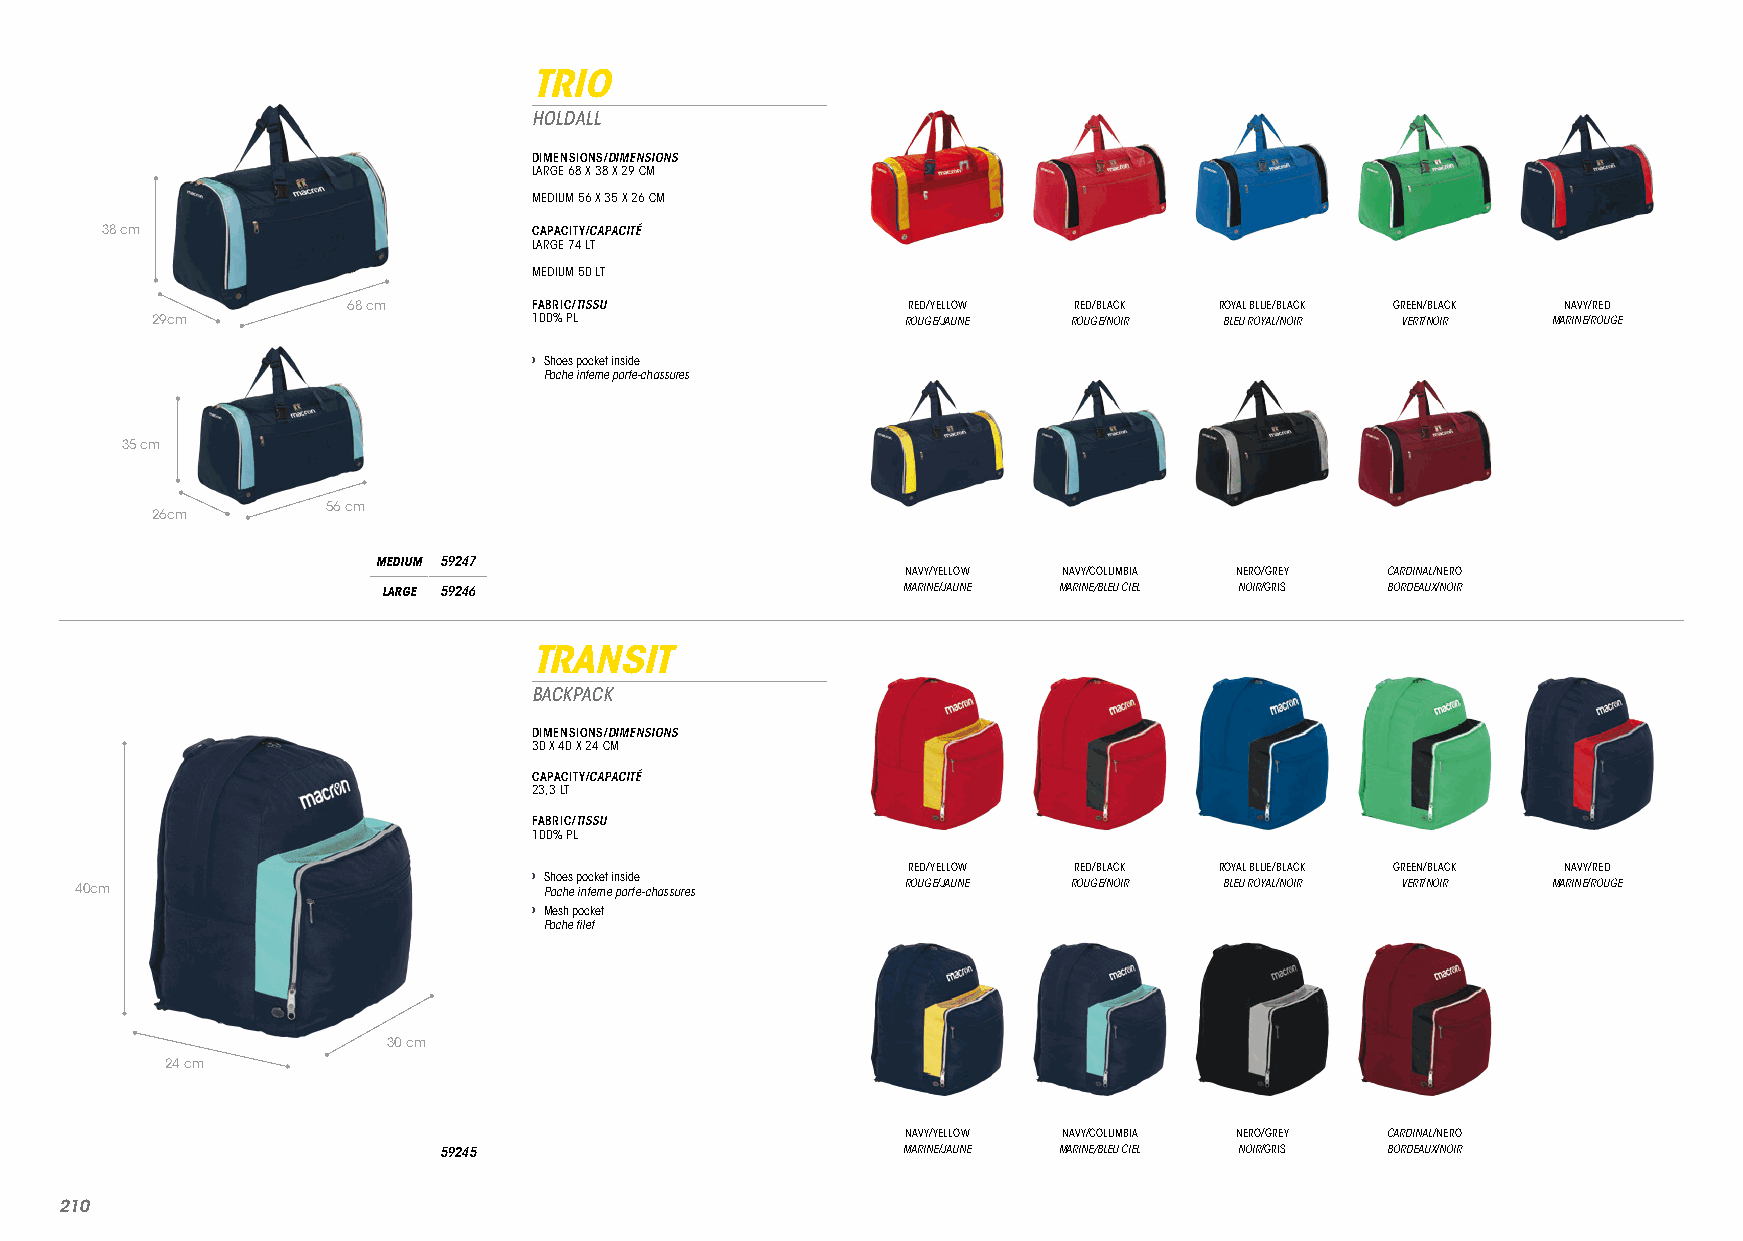
TRIO
 HOLDALL
 DIMENSIONS/DIMENSIONS
 LARGE 68 X 38 X 29 CM
 MEDIUM 56 X 35 X 26 CM
 38 cm                       CAPACITY/CAPACITÉ
 LARGE 74 LT
 MEDIUM 50 LT
 68 cm       FABRIC/TISSU             RED/YELLOW RED/BLACK ROYAL BLUE/BLACK GREEN/BLACK NAVY/RED
 29cm                     100% PL                  ROUGE/JAUNE ROUGE/NOIR BLEU ROYAL/NOIR VERT/NOIR MARINE/ROUGE
 › Shoes pocket inside
 Poche interne porte-chassures
 35 cm
 56 cm
 26cm
 MEDIUM 59247
 NAVY/YELLOW NAVY/COLUMBIA NERO/GREY CARDINAL/NERO
 LARGE 59246                        MARINE/JAUNE MARINE/BLEU CIEL NOIR/GRIS BORDEAUX/NOIR
 TRANSIT
 BACKPACK
 DIMENSIONS/DIMENSIONS
 30 X 40 X 24 CM
 CAPACITY/CAPACITÉ
 23,3 LT
 FABRIC/TISSU
 100% PL
 › Shoes pocket inside    RED/YELLOW RED/BLACK ROYAL BLUE/BLACK GREEN/BLACK NAVY/RED
 40cm                           Poche interne porte-chassures ROUGE/JAUNE ROUGE/NOIR BLEU ROYAL/NOIR VERT/NOIR MARINE/ROUGE
 › Mesh pocket
 Poche filet
 30 cm
 24 cm
 NAVY/YELLOW NAVY/COLUMBIA NERO/GREY CARDINAL/NERO
 59245                          MARINE/JAUNE MARINE/BLEU CIEL NOIR/GRIS BORDEAUX/NOIR
 221100